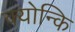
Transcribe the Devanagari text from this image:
क्योन्कि